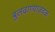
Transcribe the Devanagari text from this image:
बुलढाण्याजवळ